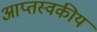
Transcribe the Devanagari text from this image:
आप्तस्वकीय